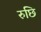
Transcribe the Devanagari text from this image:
रुछि